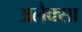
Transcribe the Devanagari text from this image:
अलैक्सा